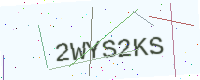
Text: 2WYS2KS